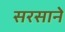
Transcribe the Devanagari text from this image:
सरसाने